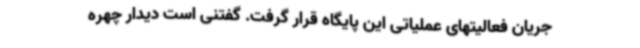
جریان فعالیتهای عملیاتی این پایگاه قرار گرفت. گفتنی است دیدار چهره